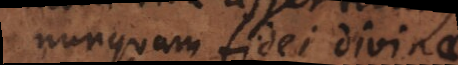
nunquam fidei divinae